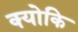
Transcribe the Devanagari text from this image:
क्‍योकि